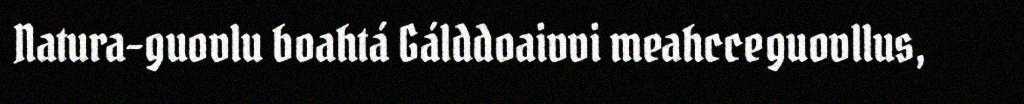
Natura-guovlu boahtá Gálddoaivvi meahcceguovllus,